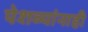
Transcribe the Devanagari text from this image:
पेशव्यांनाही